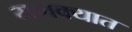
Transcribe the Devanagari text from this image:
मणक्‍यात